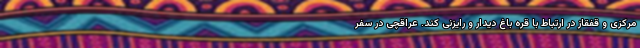
مرکزی و قفقاز در ارتباط با قره باغ دیدار و رایزنی کند. عراقچی در سفر